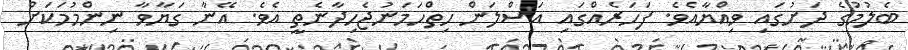
ބެލުމުގެ ދަށުގައި ވިއްޔާއެވެ. ފަހަރެއްގައި އަސްލަން ހިތްހަމަނުޖެހިދާނެތީ އެވެ. އޭނާ ގަޔާވާ ނިންމުމަކަށް